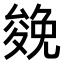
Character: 𠬍